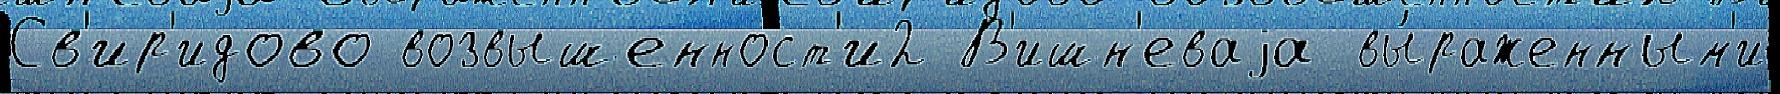
Св'ир'идово возвышенност'и2 В'ишн'еваjа вы́раженным'и